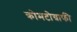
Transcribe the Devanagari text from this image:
क्रोमटोग्राफी